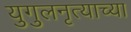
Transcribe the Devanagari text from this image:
युगुलनृत्याच्या